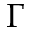
\Gamma